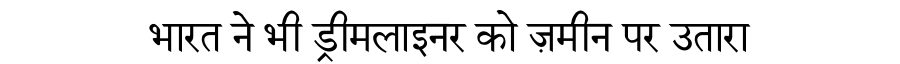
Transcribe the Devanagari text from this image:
भारत ने भी ड्रीमलाइनर को ज़मीन पर उतारा